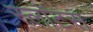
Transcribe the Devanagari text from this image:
स्लॉटस